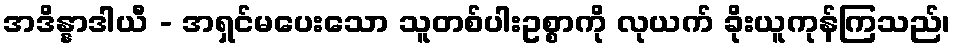
အဒိန္နာဒါယီ - အရှင်မပေးသော သူတစ်ပါးဥစ္စာကို လုယက် ခိုးယူကုန်ကြသည်၊